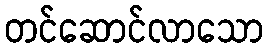
တင်ဆောင်လာသော